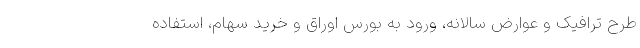
طرح ترافیک و عوارض سالانه، ورود به بورس اوراق و خرید سهام، استفاده